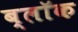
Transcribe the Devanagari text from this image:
ब्लाॅक